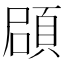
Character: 𩒫